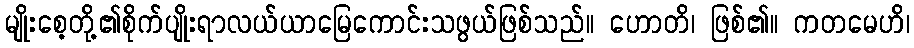
မျိုးစေ့တို့၏စိုက်ပျိုးရာလယ်ယာမြေကောင်းသဖွယ်ဖြစ်သည်။ ဟောတိ၊ ဖြစ်၏။ ကတမေဟိ၊